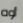
أوه